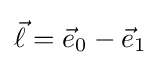
{\vec {\ell }}={\vec {e}}_{0}-{\vec {e}}_{1}